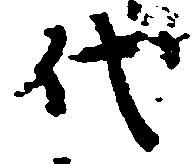
代